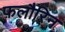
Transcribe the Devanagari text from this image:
फ़लौरिन